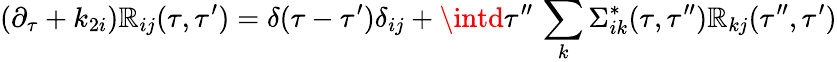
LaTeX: {}(\partial_{\tau}+k_{2i})\mathbb{R}_{ij}(\tau,\tau^{\prime})=\delta(\tau-\tau^{\prime})\delta_{ij}+\intd\tau^{\prime\prime}\, \sum_{k}\Sigma_{ik}^{*}(\tau,\tau^{\prime\prime})\mathbb{R}_{kj}(\tau^{\prime\prime},\tau^{\prime})